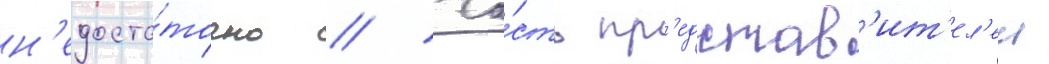
н'едоста́точно // Ча́сть пр'едстав'ит'ел'еи